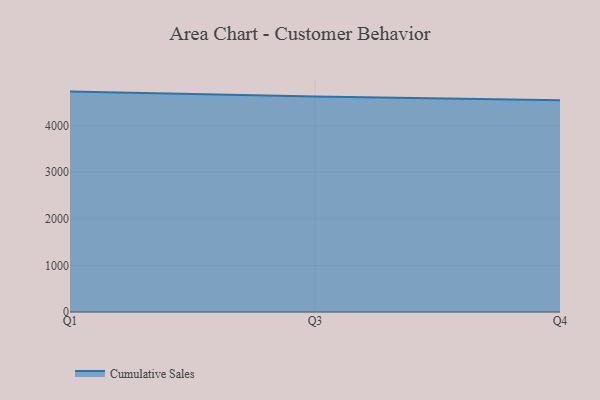
{"axis": {"x": "Quarter", "y": "Backlog"}, "legend": ["Cumulative Sales"], "data": [{"x": "Q1", "y": 4731.6, "type": "Cumulative Sales"}, {"x": "Q3", "y": 4624.0, "type": "Cumulative Sales"}, {"x": "Q4", "y": 4546.7, "type": "Cumulative Sales"}]}